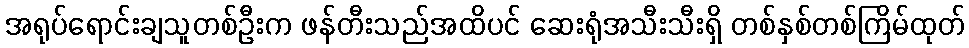
အရုပ်ရောင်းချသူတစ်ဦးက ဖန်တီးသည်အထိပင် ဆေးရုံအသီးသီးရှိ တစ်နှစ်တစ်ကြိမ်ထုတ်